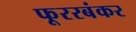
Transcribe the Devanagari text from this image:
फूररबंकर